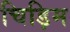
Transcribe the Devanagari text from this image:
चिड़िम